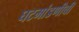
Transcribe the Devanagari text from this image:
घटमांडणीची